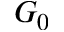
G _ { 0 }